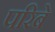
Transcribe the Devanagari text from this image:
परिबे